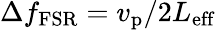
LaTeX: \Delta f_{\textrm{FSR}}=v_{\textrm{p}}/2L_{\textrm{eff}}